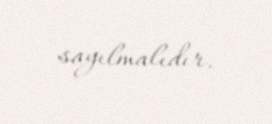
sayılmalıdır.